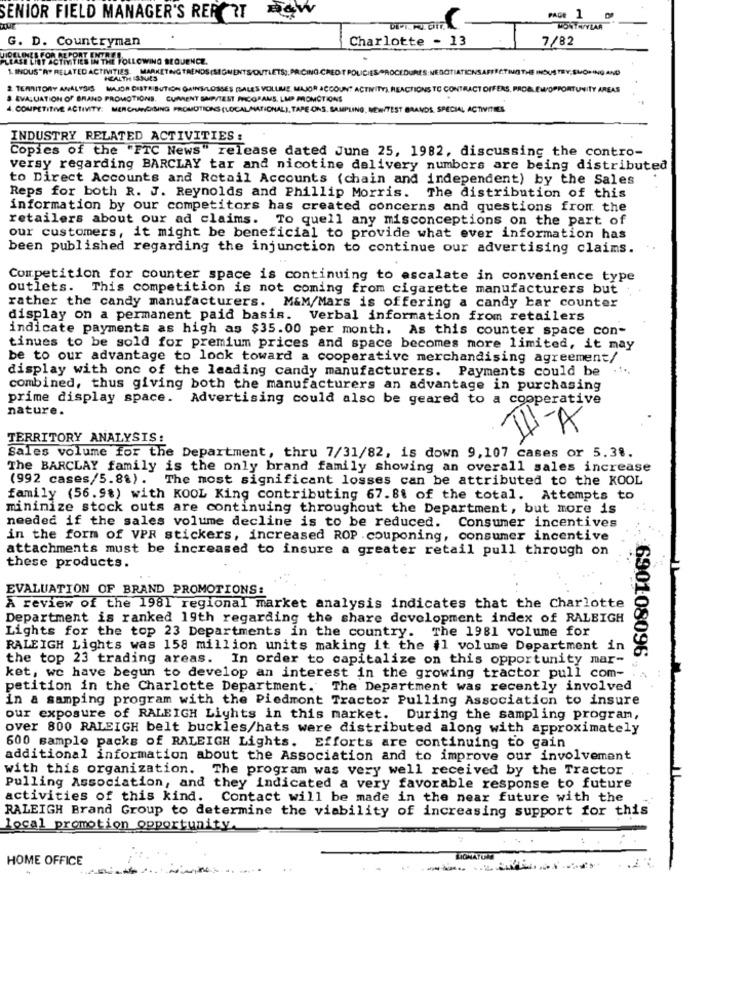
SENIOR FIELD MANAGER'S REPORT SW
PAGE 1 00
Tur
MON CVLAR
G. D. Countryman
Charlotte - 13
7/82
PLEASE LIST ACTIVITIES IN THE FOLLOWING SEQUENCE.
JIDELINES FOR REPORT EN
1. INDUS" AP RELATED ACTIVITIES. MARKETING TRENDS (SEGMENTS/OUTLETS]; PRICING CREDIT POLICIESPROCEDURES:NEGOTIATIONSAFFECTINGTHE INDUSTRY,SLOPING AND
HEALTH ISSUES
2 TERRITORY ANALYSIS MAJOR DISTRIBUTION GAINS/LOSSES (SALES VOLUME MAJOR ACCOUNT ACTIVITY), REACTIONS TO CONTRACT OFFERS, PROBEW/OPPORTUNITY AREAS
2 TERRITORY ANALYSIS
& EVALUATION Of BRAND PROMOTIONS. CUMENT SMP/TEST PROGRAMS, LMP MOMCTIONS
4. COMPETITOR ACTIVITY: MERCHANDISING PROMOTIONS (LOCAL/MATIONAL), TAPE ONS. SAMPLING, NEW/TEST BRANDS SPECIAL ACTIVITIES
INDUSTRY RELATED ACTIVITIES :
Copies of the "FTC News" release dated June 25, 1982, discussing the contro-
versy regarding BARCLAY tar and nicotine delivery numbers are being distributed
to Direct Accounts and Retail Accounts (chain and independent) by the Sales
Reps for both R. J. Reynolds and Phillip Morris.
The distribution of this
information by our competitors has created concerns and questions from the
retailers about our ad claims. To quell any misconceptions on the part of
our customers, it might be beneficial to provide what ever information has
been published regarding the injunction to continue our advertising claims.
Competition for counter space is continuing to escalate in convenience type
outlets. This competition is not coming from cigarette manufacturers but
rather the candy manufacturers. M&M/Mars is offering a candy bar counter
display on a permanent paid basis. Verbal information from retailers
indicate payments as high as $35.00 per month. As this counter space con-
tinues to be sold for premium prices and space becomes more limited, it may
be to our advantage to look toward a cooperative merchandising agreement/
display with one of the leading candy manufacturers. Payments could be
combined, thus giving both the manufacturers an advantage in purchasing
prime display space.
Advertising could also be geared to a cooperative
nature.
TU-A
TERRITORY ANALYSIS:
Sales volume for the Department, thru 7/31/82, is down 9,107 cases or 5.38.
The BARCLAY family is the only brand family showing an overall sales increase
(992 cases/5.8%) .
The most significant losses can be attributed to the KOOL
family (56.98) with KOOL King contributing 67. 8t of the total. Attempts to
minimize stock outs are continuing throughout the Department, but more is
needed if the sales volume decline is to be reduced. Consumer incentives
in the form of VPR stickers, increased ROP . couponing, consumer incentive
attachments must be increased to insure a greater retail pull through on
these products.
EVALUATION OF BRAND PROMOTIONS:
A review of the 1981 regional market analysis indicates that the Charlotte
Department is ranked 19th regarding the share development index of RALEIGH
Lights for the top 23 Departments in the country. The 1981 volume for
RALEIGH Lights was 158 million units making it the il volume Department in
the top 23 trading areas. In order to capitalize on this opportunity mar-
ket, we have begun to develop an interest in the growing tractor pull com-
690108096,
petition in the Charlotte Department. The Department was recently involved
in a samping program with the Piedmont Tractor Pulling Association to insure
our exposure of RALEIGH Lights in this market. During the sampling program,
over 800 RALEIGH belt buckles/hats were distributed along with approximately
600 sample packs of RALEIGH Lights. Efforts are continuing to gain
additional information about the Association and to improve our involvement
with this organization. The program was very well received by the Tractor
Pulling Association, and they indicated a very favorable response to future
activities of this kind. Contact will be made in the near future with the
RALEIGH Brand Group to determine the viability of increasing support for this
local promotion opportunity
HOME OFFICE
LIONATUM